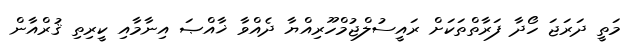
މަތީ ދަރަޖަ ހޯދާ ފަރާތްތަކަށް ރައީސުލްޖުމްހޫރިއްޔާ ދެއްވާ ޚާއްޞަ އިނާމާއި ކީރިތި ޤުރްއާން